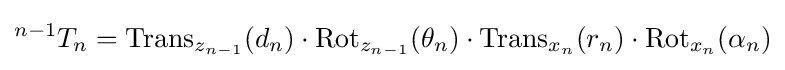
{}^{n-1}T_{n}=\operatorname {Trans} _{z_{n-1}}(d_{n})\cdot \operatorname {Rot} _{z_{n-1}}(\theta _{n})\cdot \operatorname {Trans} _{x_{n}}(r_{n})\cdot \operatorname {Rot} _{x_{n}}(\alpha _{n})